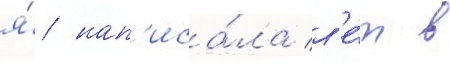
я́ нап'иса́ла л'е́т в